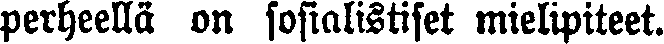
perheellä on sosialistiset mielipiteet.